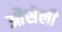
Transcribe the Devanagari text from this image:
ओंसेली